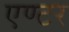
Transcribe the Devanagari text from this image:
एण्टर